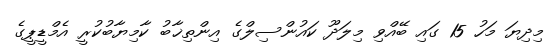
މިދިޔަ މަހު 15 ގައި ބޭއްވި މިލަދޫ ކައުންސިލްގެ އިންތިޚާބު ކާމިޔާބުކުރީ އެމްޑީޕީގެ